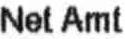
NET AMT